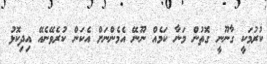
ކުރުމަކީ ގާނޫނީ ގޮތުން މަނާ ކަމެއް ނޫނޭ އެމެންނަށް އެކަން ކުރެވޭނެއޭ އިދިކޮޅު